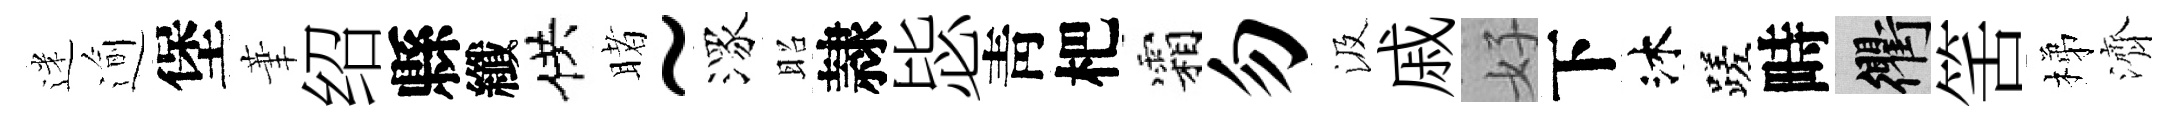
迷逾堡茟绍縣纖供睹~潈昭隷毖靑杷霜勿汲戚好下沐蹉畤衢筈梯濟